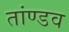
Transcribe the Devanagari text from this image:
तांण्डव